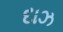
દાઝ